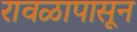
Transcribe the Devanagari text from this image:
रावळापासून